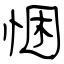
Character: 悃